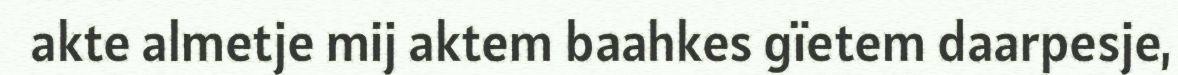
akte almetje mij aktem baahkes gïetem daarpesje,